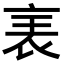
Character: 𧘦